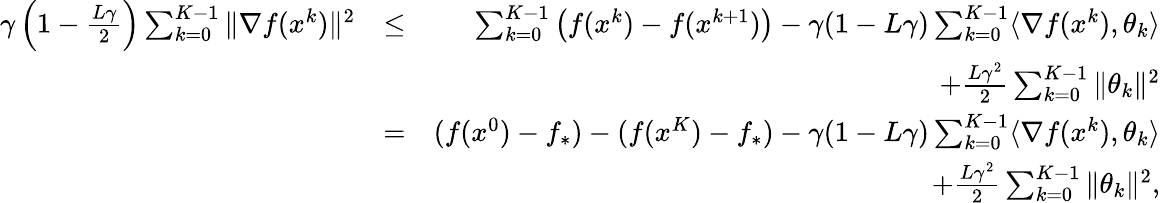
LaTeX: \begin{array}{rlr}{\gamma\left(1-\frac{L\gamma}{2}\right)\sum_{k=0}^{K-1}\| \nabla f(x^{k})\| ^{2}}&{\leq}&{\sum_{k=0}^{K-1}\left(f(x^{k})-f(x^{k+1})\right)-\gamma(1-L\gamma)\sum_{k=0}^{K-1}\langle\nabla f(x^{k}),\theta_{k}\rangle}\\ &{}&{+\frac{L\gamma^{2}}{2}\sum_{k=0}^{K-1}\| \theta_{k}\| ^{2}}\\ &{=}&{(f(x^{0})-f_{*})-(f(x^{K})-f_{*})-\gamma(1-L\gamma)\sum_{k=0}^{K-1}\langle\nabla f(x^{k}),\theta_{k}\rangle}\\ &{}&{+\frac{L\gamma^{2}}{2}\sum_{k=0}^{K-1}\| \theta_{k}\| ^{2},}\end{array}